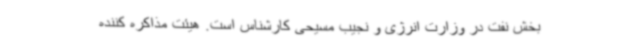
بخش نفت در وزارت انرژی و نجیب مسیحی کارشناس است. هیئت مذاکره کننده